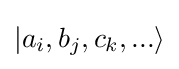
|a_{i},b_{j},c_{k},...\rangle